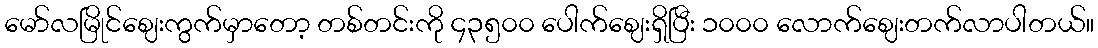
မော်လမြိုင်ဈေးကွက်မှာတော့ တစ်တင်းကို ၄၃၅၀၀ ပေါက်ဈေးရှိပြီး ၁၀၀၀ လောက်ဈေးတက်လာပါတယ်။